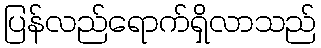
ပြန်လည်ရောက်ရှိလာသည်